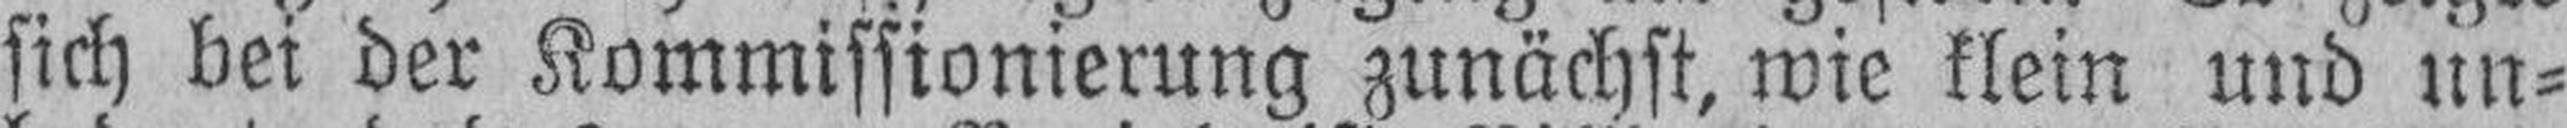
sich bei der Kommissionierung zunächst, wie klein und un¬